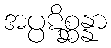
အပ္ပဋိစ္ဆန္နာ